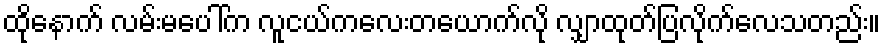
ထိုနောက် လမ်းမပေါ်က လူငယ်ကလေးတယောက်လို လျှာထုတ်ပြလိုက်လေသတည်း။